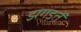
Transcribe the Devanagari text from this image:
झगड़तें